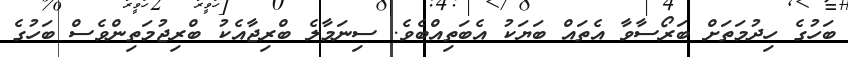
ބަހުގެ ހިދުމަތަށް ބަރޯސާވާ އެތައް ބަޔަކު އެބަތިއްބެވެ. ސިނަމާލެ ބްރިޖާއެކު ބްރިޖުމަތިންވެސް ބަހުގެ